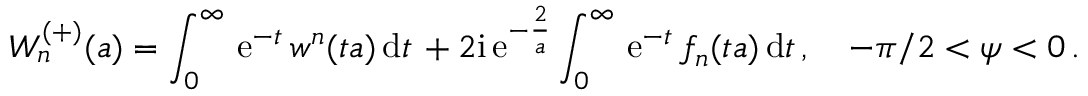
W _ { n } ^ { ( + ) } ( a ) = \int _ { 0 } ^ { \infty } \, \mathrm { e } ^ { - t } \, w ^ { n } ( t a ) \, \mathrm { d } t \, + { 2 \mathrm { i } } \, \mathrm { e } ^ { - { \frac { 2 } { a } } } \int _ { 0 } ^ { \infty } \, \mathrm { e } ^ { - t } \, f _ { n } ( t a ) \, \mathrm { d } t \, , \quad - \pi / 2 < \psi < 0 \, .